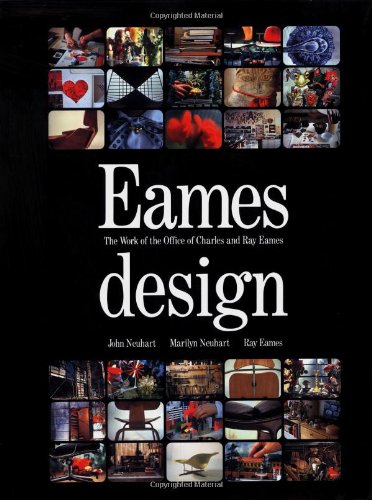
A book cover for Eames Design; John Neuhart; Arts & Photography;